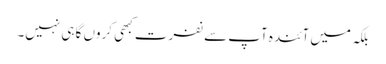
بلکہ میں آئندہ آپ سے نفرت کبھی کروں گا ہی نہیں۔